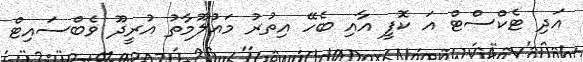
އަދި ޓެކްސްޓް އަ ކޮފީ އާއި ބެހޭ އިތުރު މައުލޫމާތު އުރީދޫ ވެބްސައިޓް